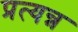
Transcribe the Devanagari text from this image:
प्रत्यन्न